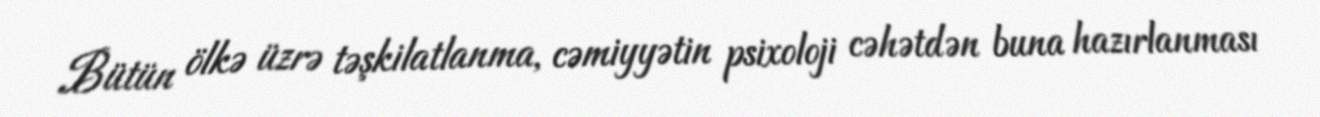
Bütün ölkə üzrə təşkilatlanma, cəmiyyətin psixoloji cəhətdən buna hazırlanması